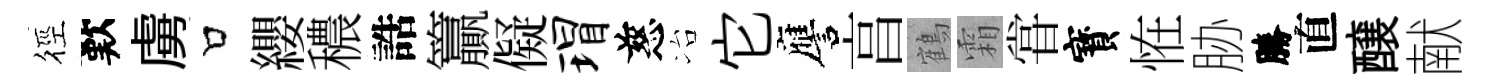
徑歎虜口纓穠誥籯儗瑁慈冶它譍亯鶴霜甞寳恠胁勝直醸献